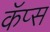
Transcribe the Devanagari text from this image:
कॅप्स